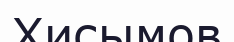
Хисымов